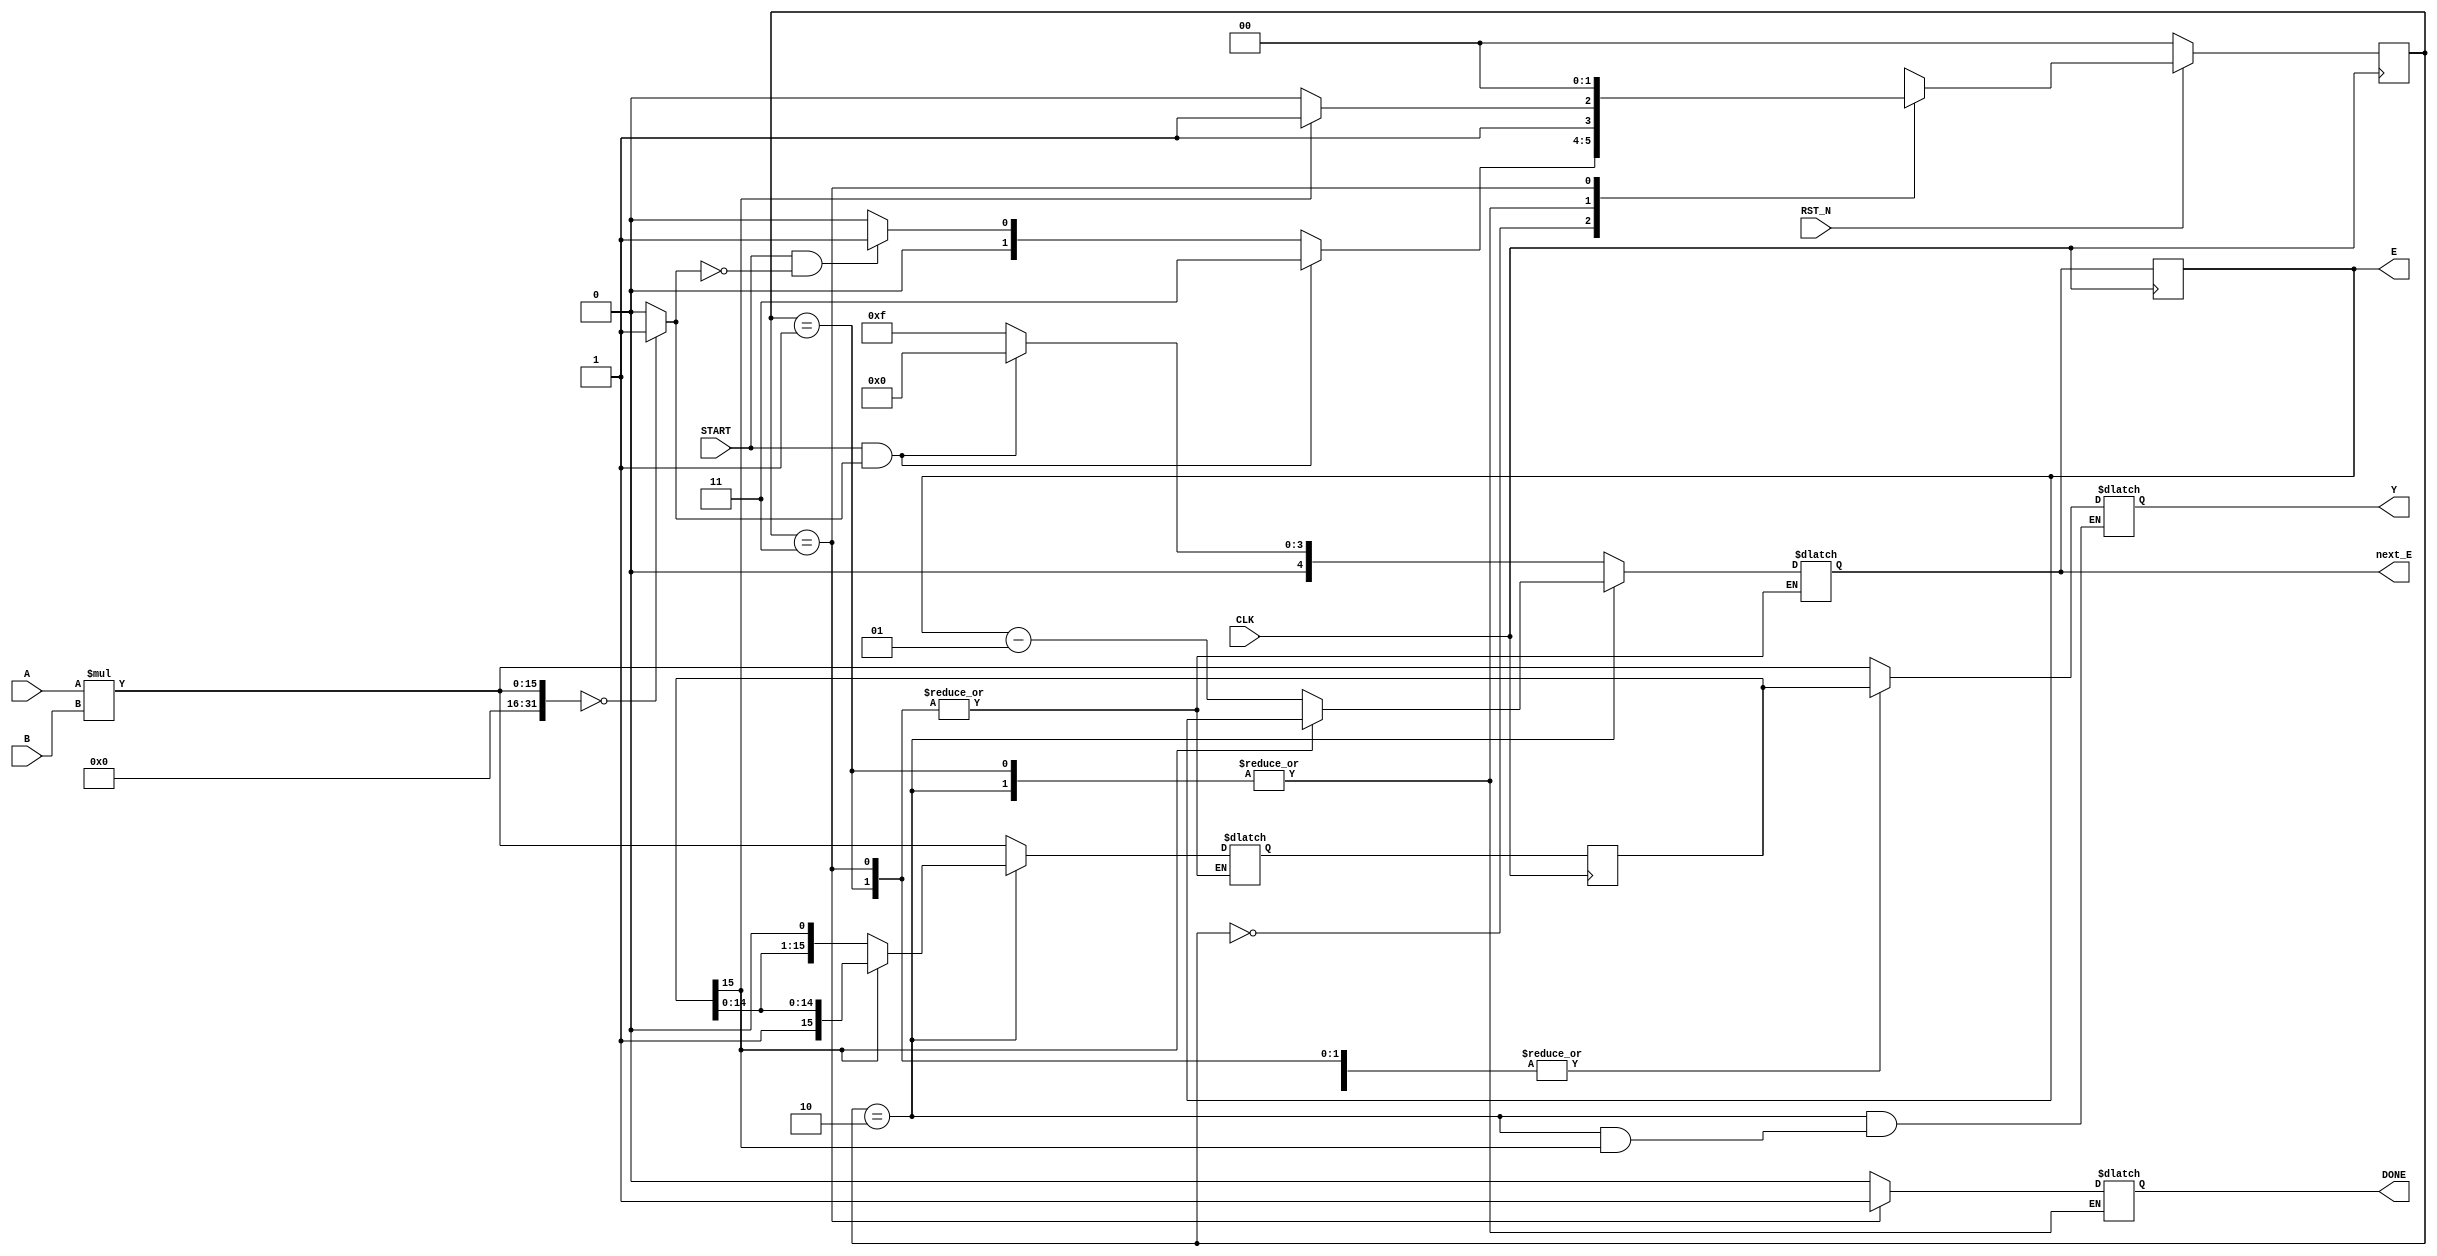
module FPMUL (
  input wire CLK,
  input wire RST_N,
  input wire [7:0] A,
  input wire [7:0] B,
  input wire START,
  output reg [15:0] Y,
  output reg signed [4:0] E, next_E,
  output reg DONE
);
parameter IDLE=2'b00;
parameter MULT=2'b01;
parameter SHIFT=2'b10;
parameter FINISH=2'b11;
reg [15:0] tmp_y,next_tmp_y;
reg [1:0] state, next_state;
wire flag_zero;
wire flag_leadz;
assign flag_zero=(A*B==0)? 1:0;
assign flag_leadz=!tmp_y[15];

always @(posedge CLK)begin
 tmp_y=next_tmp_y;
 state=next_state;
 E=next_E;
  if(RST_N==0)
   state=IDLE;
end

always @* begin
 case(state)
  IDLE:begin
   next_E=4'd15;
   next_state=IDLE;
   DONE=1'b0;
   Y=16'b0;
   if(START && flag_zero) begin
    next_E=4'd0;
    next_state=FINISH;
   end
   else if(START && !flag_zero)
    next_state=MULT;
    next_tmp_y=A*B;
    Y=A*B;
  end

  MULT:begin
   next_state=FINISH;
   Y=tmp_y;
   if(flag_leadz)
    next_state=SHIFT;
  end
  SHIFT:begin
   next_state=FINISH;
   next_tmp_y=tmp_y;
   next_E=E;
   if(flag_leadz)begin
    next_E=E-1;
    next_state=SHIFT;
    Y=tmp_y;
    next_tmp_y=tmp_y<<1;
   end
  end
  FINISH:begin
   next_state=IDLE;
   DONE=1'b1;
   Y=tmp_y;
  end
 endcase
end


endmodule